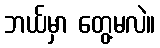
ဘယ်မှာ တွေ့မလဲ။